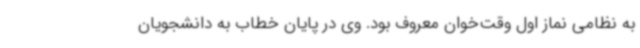
به نظامی نماز اول وقت‌خوان معروف بود. وی در پایان خطاب به دانشجویان